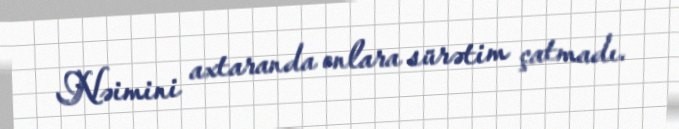
Nəimini axtaranda onlara sürətim çatmadı.